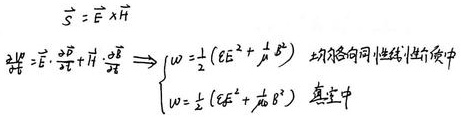
动量守恒定律\(\left(v_{1}\frac{m_{1}}{m_{1} + m_{2}},v_{2}\frac{m_{2}}{m_{1}+m_{2}}\right)\frac{m_{1} + m_{2}}{t}=m\)
角动量守恒定律\(\left(\omega_{1}\frac{I_{1}}{I_{1}+I_{2}},\omega_{2}\frac{I_{2}}{I_{1}+I_{2}}\right)\frac{I_{1} + I_{2}}{t}=m\)
\(\left.\begin{array}{l}\left(v_{1}\frac{m_{1}}{m_{1} + m_{2}},v_{2}\frac{m_{2}}{m_{1}+m_{2}}\right)\frac{m_{1} + m_{2}}{t}=m\\\left(\omega_{1}\frac{I_{1}}{I_{1}+I_{2}},\omega_{2}\frac{I_{2}}{I_{1}+I_{2}}\right)\frac{I_{1} + I_{2}}{t}=m\end{array}\right\}\Rightarrow \frac{\partial L}{\partial t}+\frac{\partial L}{\partial q}\cdot q=\frac{\mathrm{d}E}{\mathrm{d}t}\)
\(\sum_{i}F_{i}v_{i}=P\)